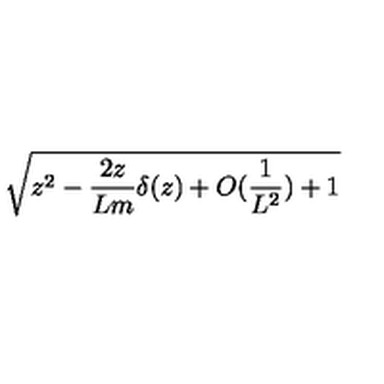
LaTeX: \sqrt { z ^ { 2 } - \frac { 2 z } { L m } \delta ( z ) + O ( \frac { 1 } { L ^ { 2 } } ) + 1 }